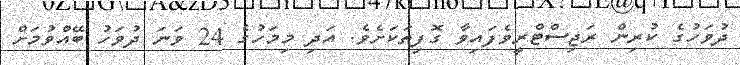
ދުވަހުގެ ކުރިން ރަޖިސްޓްރީވެފައިވާ ގޮފިތަކަށެވެ. އަދި މިމަހުގެ 24 ވަނަ ދުވަހު ބޭއްވުމަށް